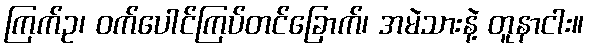
ကြက်ဥ၊ ဝက်ပေါင်ကြပ်တင်ခြောက်၊ အမဲသားနဲ့ တူနာငါး။